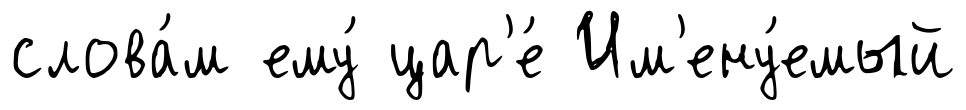
слова́м ему́ цар'е́ Им'ену́емый